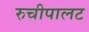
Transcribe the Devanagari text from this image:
रुचीपालट